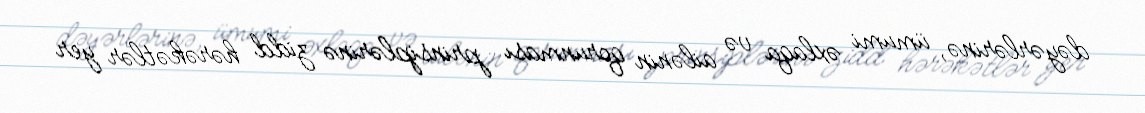
dəyərlərinə, ümumi əxlaqa və ailənin qorunması prinsiplərinə zidd hərəkətlər yer